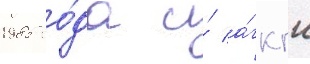
1985 го́да и́ а́гкгн